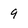
Character: 9